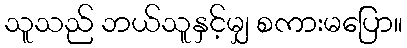
သူသည် ဘယ်သူနှင့်မျှ စကားမပြော။